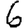
Digit: 6